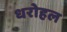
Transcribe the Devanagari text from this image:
धरोहल